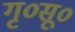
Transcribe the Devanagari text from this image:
गृ०सू०